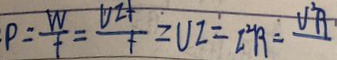
P = \frac { W } { f } = \frac { V Z f } { f } = U Z = I ^ { 2 } R = V ^ { 2 } R